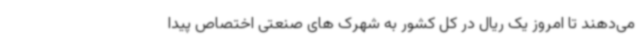
می‌دهند تا امروز یک ریال در کل کشور به شهرک های صنعتی اختصاص پیدا